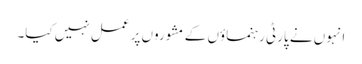
انہوں نے پارٹی رہنماؤں کے مشوروں پر عمل نہیں کیا۔